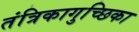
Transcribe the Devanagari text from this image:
तंत्रिकागुच्छिका